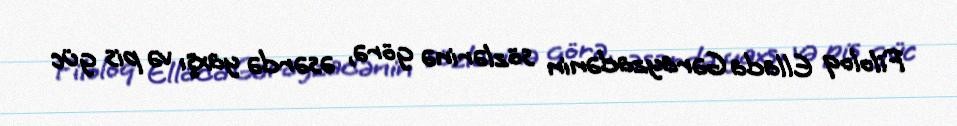
Filoloq Ellada Gərayzadənin sözlərinə görə, əsərdə yaxşı və pis güc